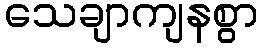
သေချာကျနစွာ